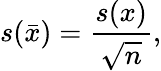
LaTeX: s(\bar{x})=\frac{s(x)}{\sqrt{n}},